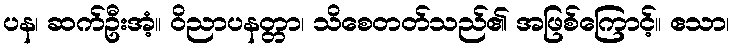
ပန၊ ဆက်ဦးအံ့။ ဝိညာပနတ္တာ၊ သိစေတတ်သည်၏ အဖြစ်ကြောင့်။ ဧသာ၊